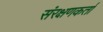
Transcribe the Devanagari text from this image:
संरक्षणकर्ता